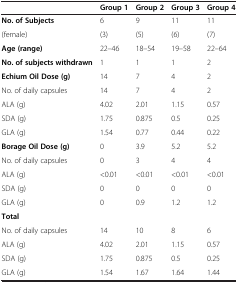
|  | Group 1 | Group 2 | Group 3 | Group 4 |
 | --- | --- | --- | --- | --- |
 | No. of Subjects | 6 | 9 | 11 | 11 |
 | (female) | (3) | (5) | (6) | (7) |
 | Age (range) | 22–46 | 18–54 | 19–58 | 22–64 |
 | No. of subjects withdrawn | 1 | 1 | 1 | 2 |
 | Echium Oil Dose (g) | 14 | 7 | 4 | 2 |
 | No. of daily capsules | 14 | 7 | 4 | 2 |
 | ALA (g) | 4.02 | 2.01 | 1.15 | 0.57 |
 | SDA (g) | 1.75 | 0.875 | 0.5 | 0.25 |
 | GLA (g) | 1.54 | 0.77 | 0.44 | 0.22 |
 | Borage Oil Dose (g) | 0 | 3.9 | 5.2 | 5.2 |
 | No. of daily capsules | 0 | 3 | 4 | 4 |
 | ALA (g) | <0.01 | <0.01 | <0.01 | <0.01 |
 | SDA (g) | 0 | 0 | 0 | 0 |
 | GLA (g) | 0 | 0.9 | 1.2 | 1.2 |
 | Total |  |  |  |  |
 | No. of daily capsules | 14 | 10 | 8 | 6 |
 | ALA (g) | 4.02 | 2.01 | 1.15 | 0.57 |
 | SDA (g) | 1.75 | 0.875 | 0.5 | 0.25 |
 | GLA (g) | 1.54 | 1.67 | 1.64 | 1.44 |